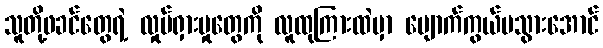
သူတို့ဖခင်တွေရဲ့ လှုပ်ရှားမှုတွေကို လူထုကြားထဲမှာ ပျောက်ကွယ်မသွားအောင်